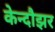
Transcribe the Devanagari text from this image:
केन्दौझर